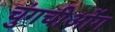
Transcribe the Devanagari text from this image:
चुंगचीओंग